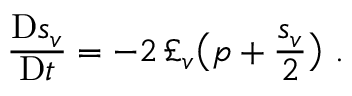
\frac { \mathrm { D } s _ { v } } { \mathrm { D } t } = - 2 \, \pounds _ { v } \big ( p + \frac { s _ { v } } { 2 } \big ) \ .